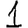
Digit: 1